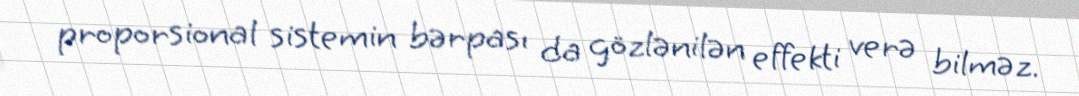
proporsional sistemin bərpası da gözlənilən effekti verə bilməz.